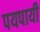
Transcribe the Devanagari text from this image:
पयपायी